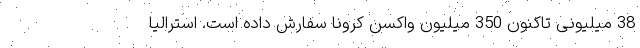
38 میلیونی تاکنون 350 میلیون واکسن کرونا سفارش داده است. استرالیا